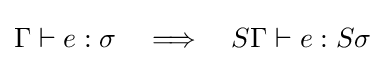
\Gamma \vdash e:\sigma \quad \Longrightarrow \quad S\Gamma \vdash e:S\sigma